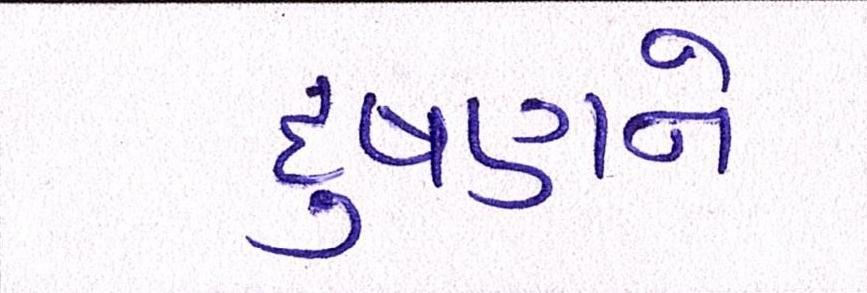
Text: દુષણને